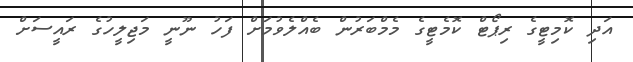
އަދި ކޮމިޓީގެ ރިޕޯޓް ކޮމެޓީގެ މެމްބަރުން ބެއްލެވުމަށް ފަހު ނޫނީ މަޖިލީހުގެ ރައީސަށް